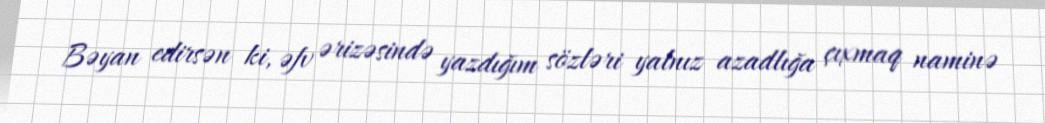
Bəyan edirsən ki, əfv ərizəsində yazdığım sözləri yalnız azadlığa çıxmaq naminə